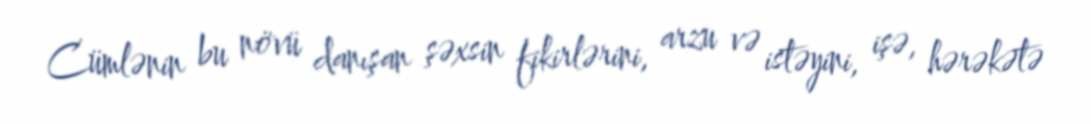
Cümlənin bu növü danışan şəxsin fikirlərini, arzu və istəyini, işə, hərəkətə